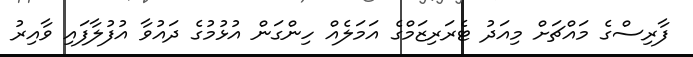
ފާރިސްގެ މައްޗަށް މިއަދު ޓެރަރިޒަމްގެ އަމަލެއް ހިންގަން އުޅުމުގެ ދައުވާ އުފުލާފައި ވާއިރު